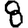
Digit: 8